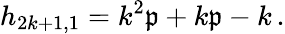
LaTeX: h_{2k+1,1}=k^{2}\mathfrak{p}+k\mathfrak{p}-k\, .